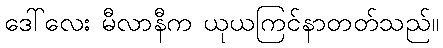
ဒေါ်လေး မီလာနီက ယုယကြင်နာတတ်သည်။